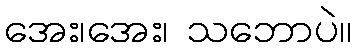
အေး၊အေး၊ သဘောပဲ။